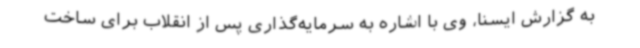
به گزارش ایسنا، وی با اشاره به سرمایه‌گذاری پس از انقلاب برای ساخت